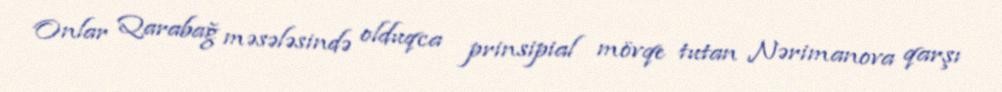
Onlar Qarabağ məsələsində olduqca prinsipial mövqe tutan Nərimanova qarşı